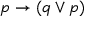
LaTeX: p \to ( q \lor p )